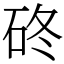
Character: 䂢